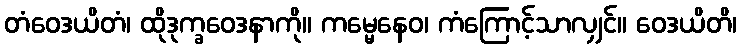
တံဝေဒယိတံ၊ ထိုဒုက္ခဝေဒနာကို။ ကမ္မေနေဝ၊ ကံကြောင့်သာလျှင်။ ဝေဒယိတိ၊